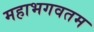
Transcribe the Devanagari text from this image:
महाभगवतम